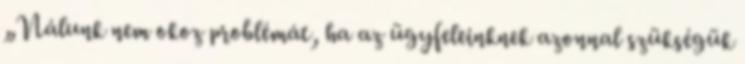
„Nálunk nem okoz problémát, ha az ügyfeleinknek azonnal szükségük